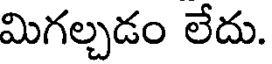
మిగల్చడం లేదు.